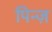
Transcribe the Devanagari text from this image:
पिन्ज़